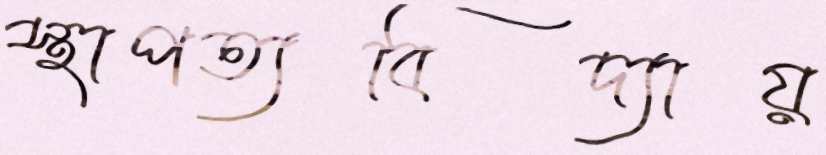
স্থাপত্যবিদ্যায়